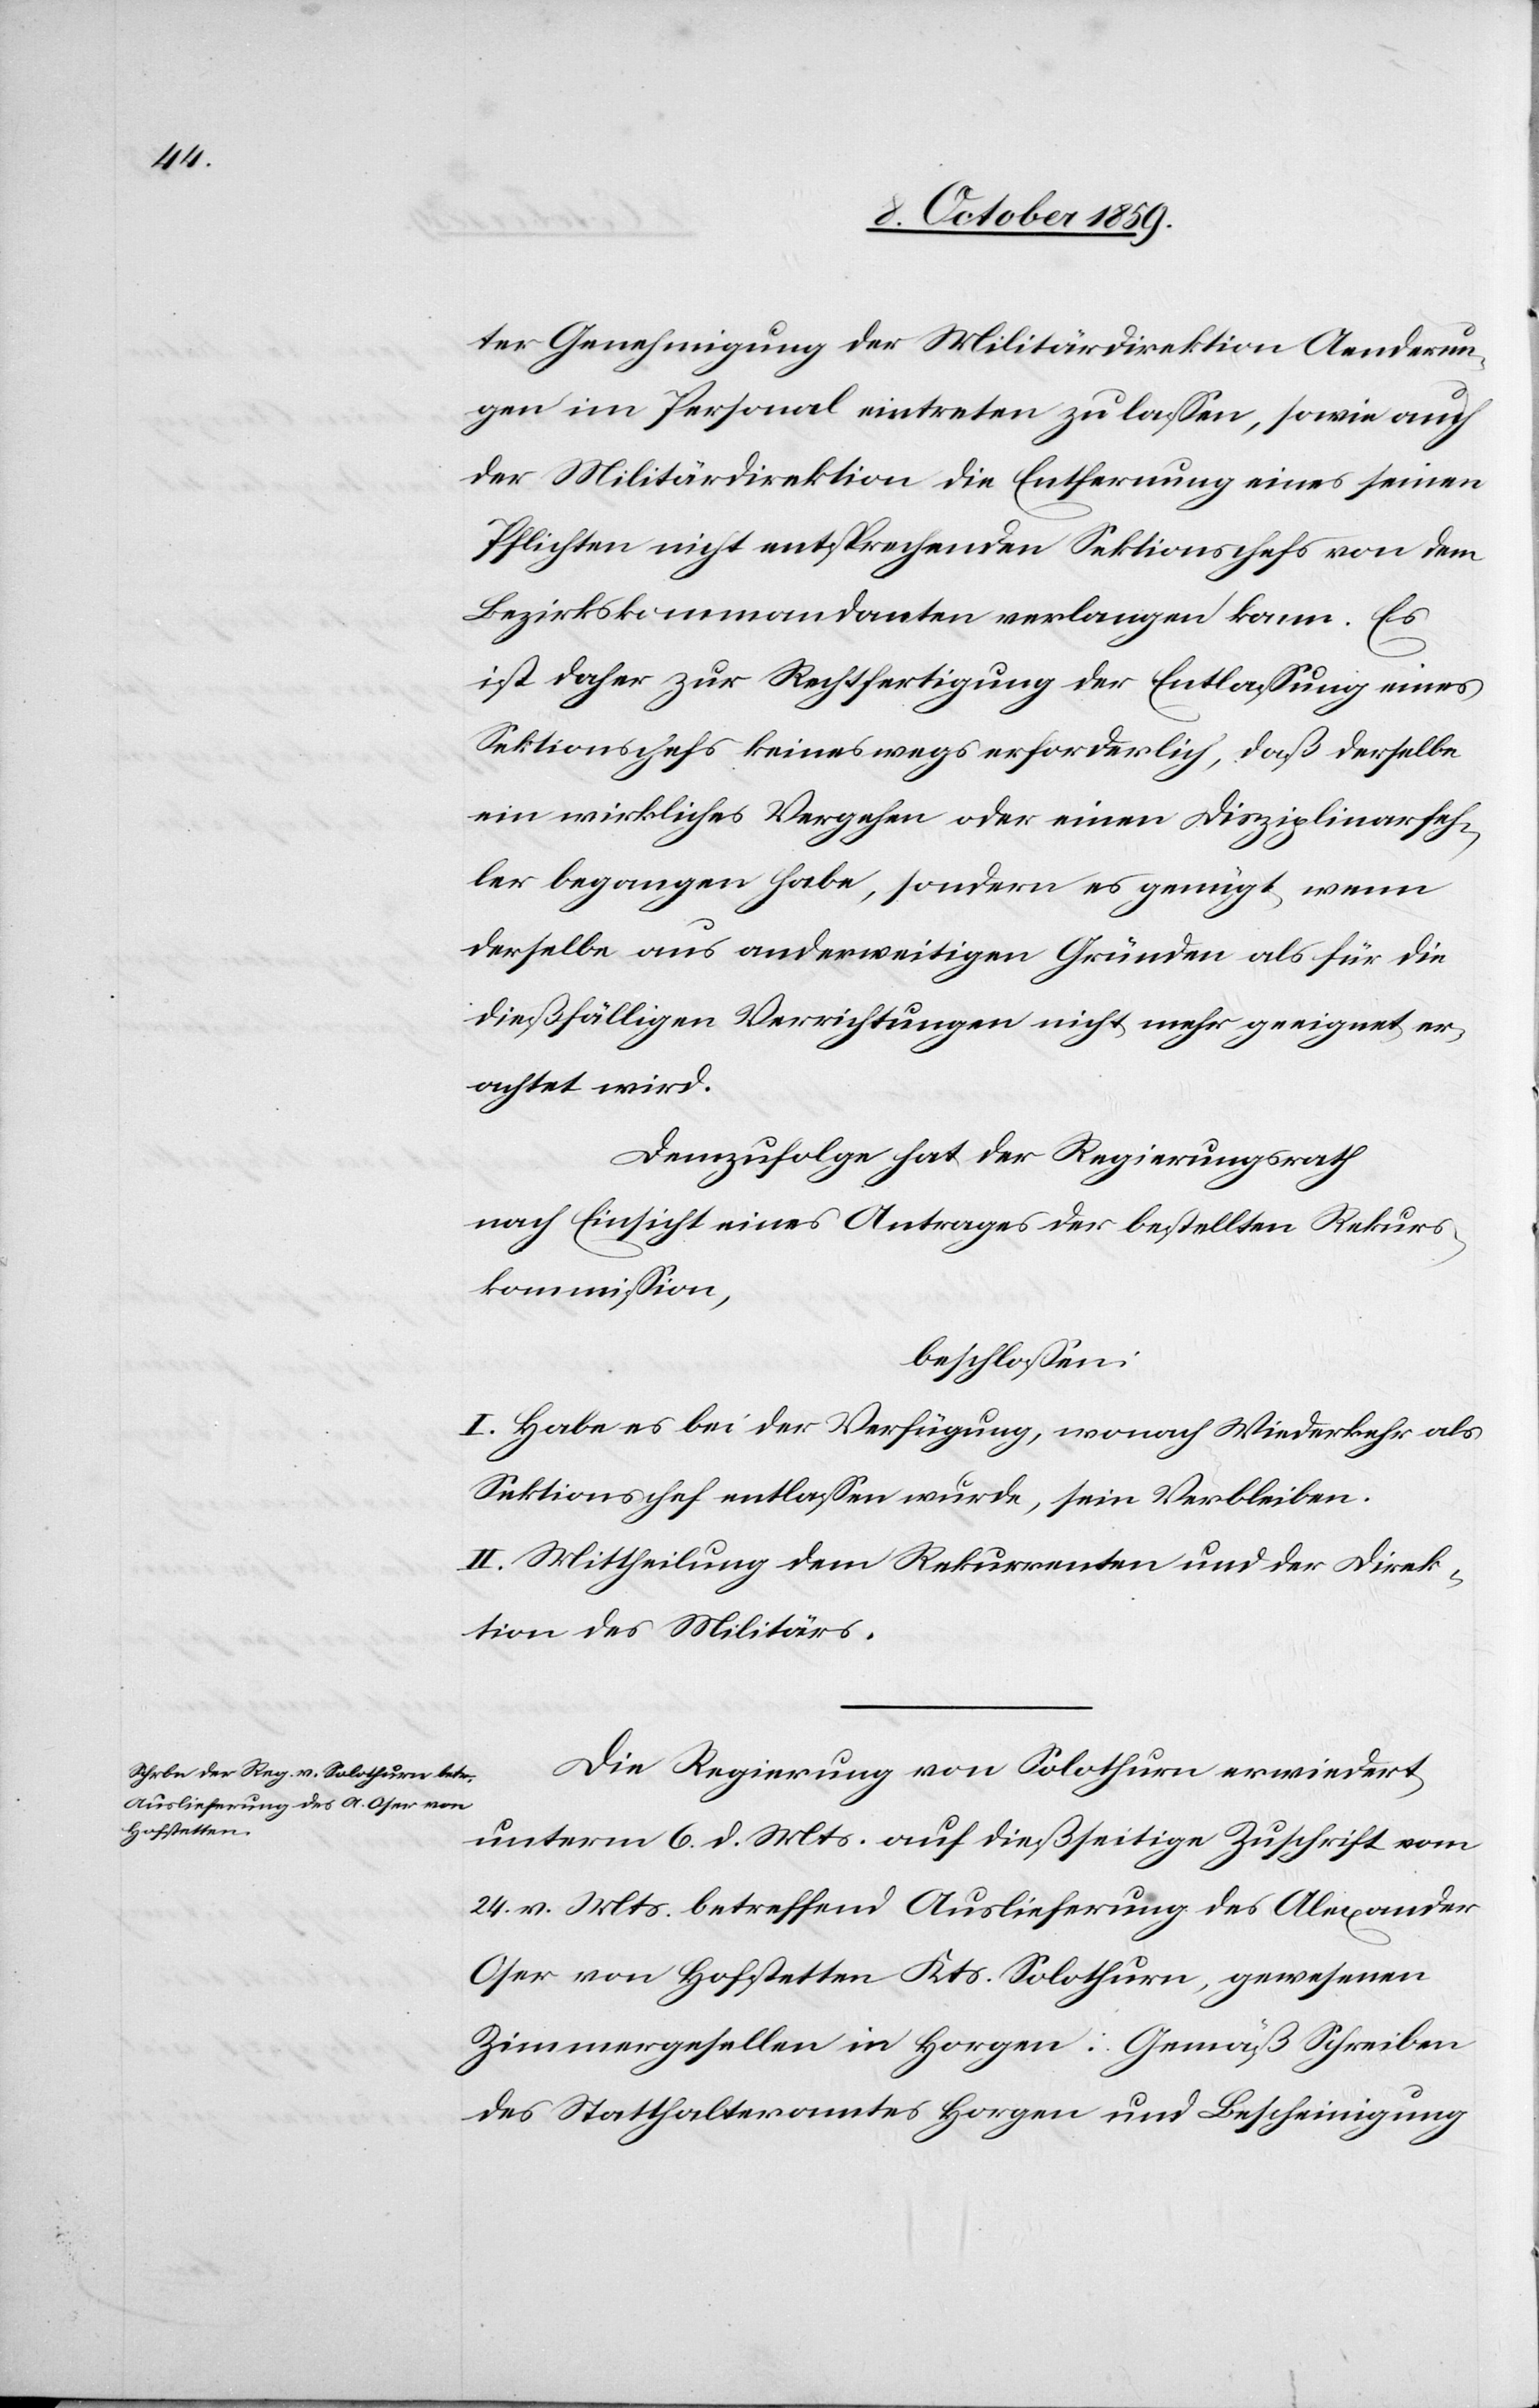
ter Genehmigung der Militärdirektion Aenderun¬
gen im Personal eintreten zu lassen, sowie auch
der Militärdirektion die Entfernung eines seinen
Pflichten nicht entsprechenden Sektionschefs von dem
Bezirkskommandanten verlangen kann. Es
ist daher zur Rechtfertigung der Entlassung eines
Sektionschefs keineswegs erforderlich, daß derselbe
ein wirkliches Vergehen oder einen Disziplinarfeh¬
ler begangen habe, sondern es genügt wenn
derselbe aus anderweitigen Gründen als für die
dießfälligen Verrichtungen nicht mehr geeignet er¬
achtet wird.
Demzufolge hat der Regierungsrath
nach Einsicht eines Antrages der bestellten Rekurs¬
kommission,
beschlossen:
I. Habe es bei der Verfügung, wonach Wiederkehr als
Sektionschef entlassen wurde, sein Verbleiben.
II. Mittheilung dem Rekurrenten und der Direk¬
tion des Militärs.
Die Regierung von Solothurn erwiedert
unterm 6. d. Mts. auf dießseitige Zuschrift vom
24. v. Mts. betreffend Auslieferung des Alexander
Oser von Hofstetten Kts. Solothurn, gewesenen
Zimmergesellen in Horgen: Gemäß Schreiben
des Statthalteramtes Horgen und Bescheinigung